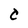
Character: C